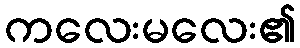
ကလေးမလေး၏